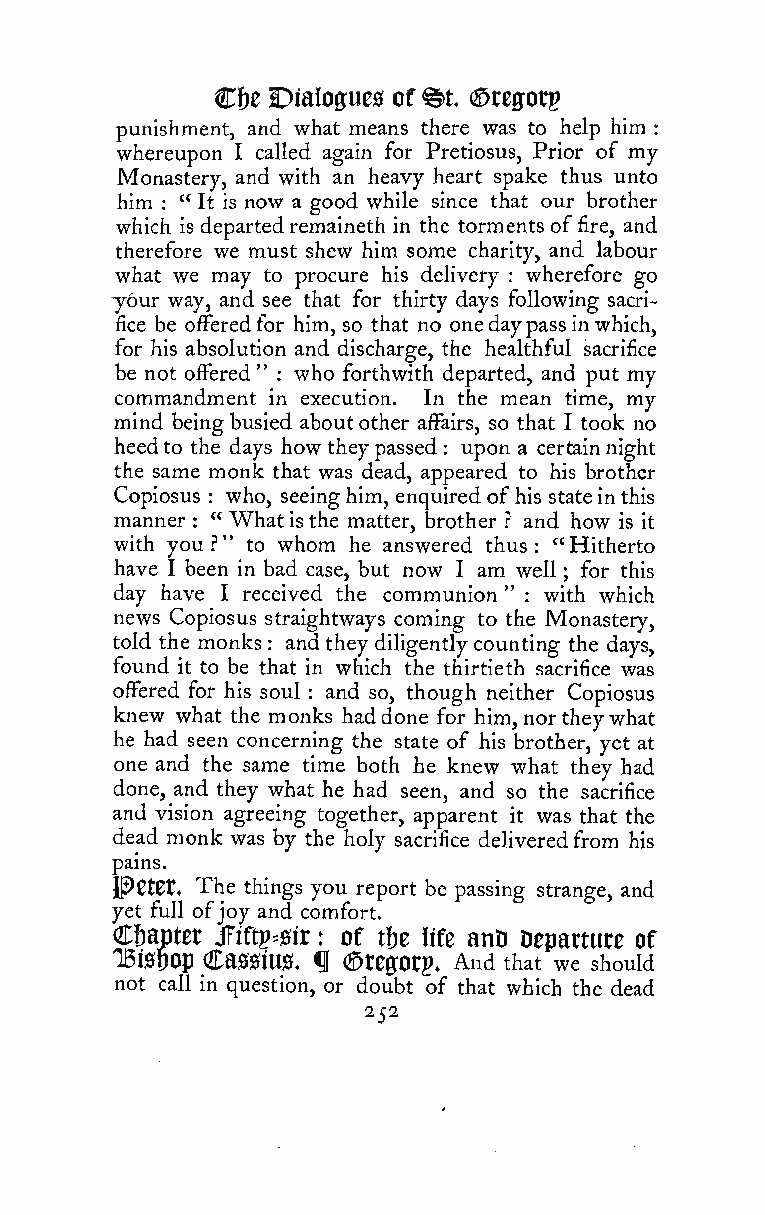
C&e DiaIoffue0 of @t. (Sregorp
 punishment, and what means there was to help him
 :
 whereupon I called again for Pretiosus, Prior of my
 Monastery, and with an heavy heart spake thus unto
 him : " It is now a good while since that our brother
 which is departedremaineth in the torments of fire, and
 therefore we must shew him some charity, and labour
 what we may to procure his delivery wherefore go
 :
 your way, and see that for thirty days following sacri-
 fice be offeredfor him, so that no onedaypassinwhich,
 for his absolution and discharge, the healthful sacrifice
 be not offered" who forthwith departed, and put my
 :
 commandment in execution. In the mean time, my
 mind being busied aboutother affairs, so that I took no
 heedto the days how theypassed upon a certainnight
 :
 the same monk that was dead, appeared to his brother
 Copiosus
 :
 who, seeinghim, enquired of his stateinthis
 manner : " What isthe matter, brother ? and how is it
 with you ?" to whom he answered thus "Hitherto
 :
 have I been in bad case, but now I am well ; for this
 day have I received the communion " : with which
 news Copiosus straightways coming to the Monastery,
 told the monks and they diligentlycounting the days,
 :
 found it to be that in which the thirtieth sacrifice was
 offered for his soul and so, though neither Copiosus
 :
 knew what the monks haddone for him, northeywhat
 he had seen concerning the state of his brother, yet at
 one and the same time both he knew what they had
 done, and they what he had seen, and so the sacrifice
 and vision agreeing together, apparent it was that the
 dead monk was by the holy sacrifice deliveredfrom his
 pains.
 1^0t0t. The things you report be passing strange, and
 yet full ofjoy and comfort.
 Chapter jTiftp^sir : of tf)e life anD Departure of
 TBisoop Cassiu0. ^ (Srejorp. And that we should
 not call in question, or doubt of that which the dead
 252